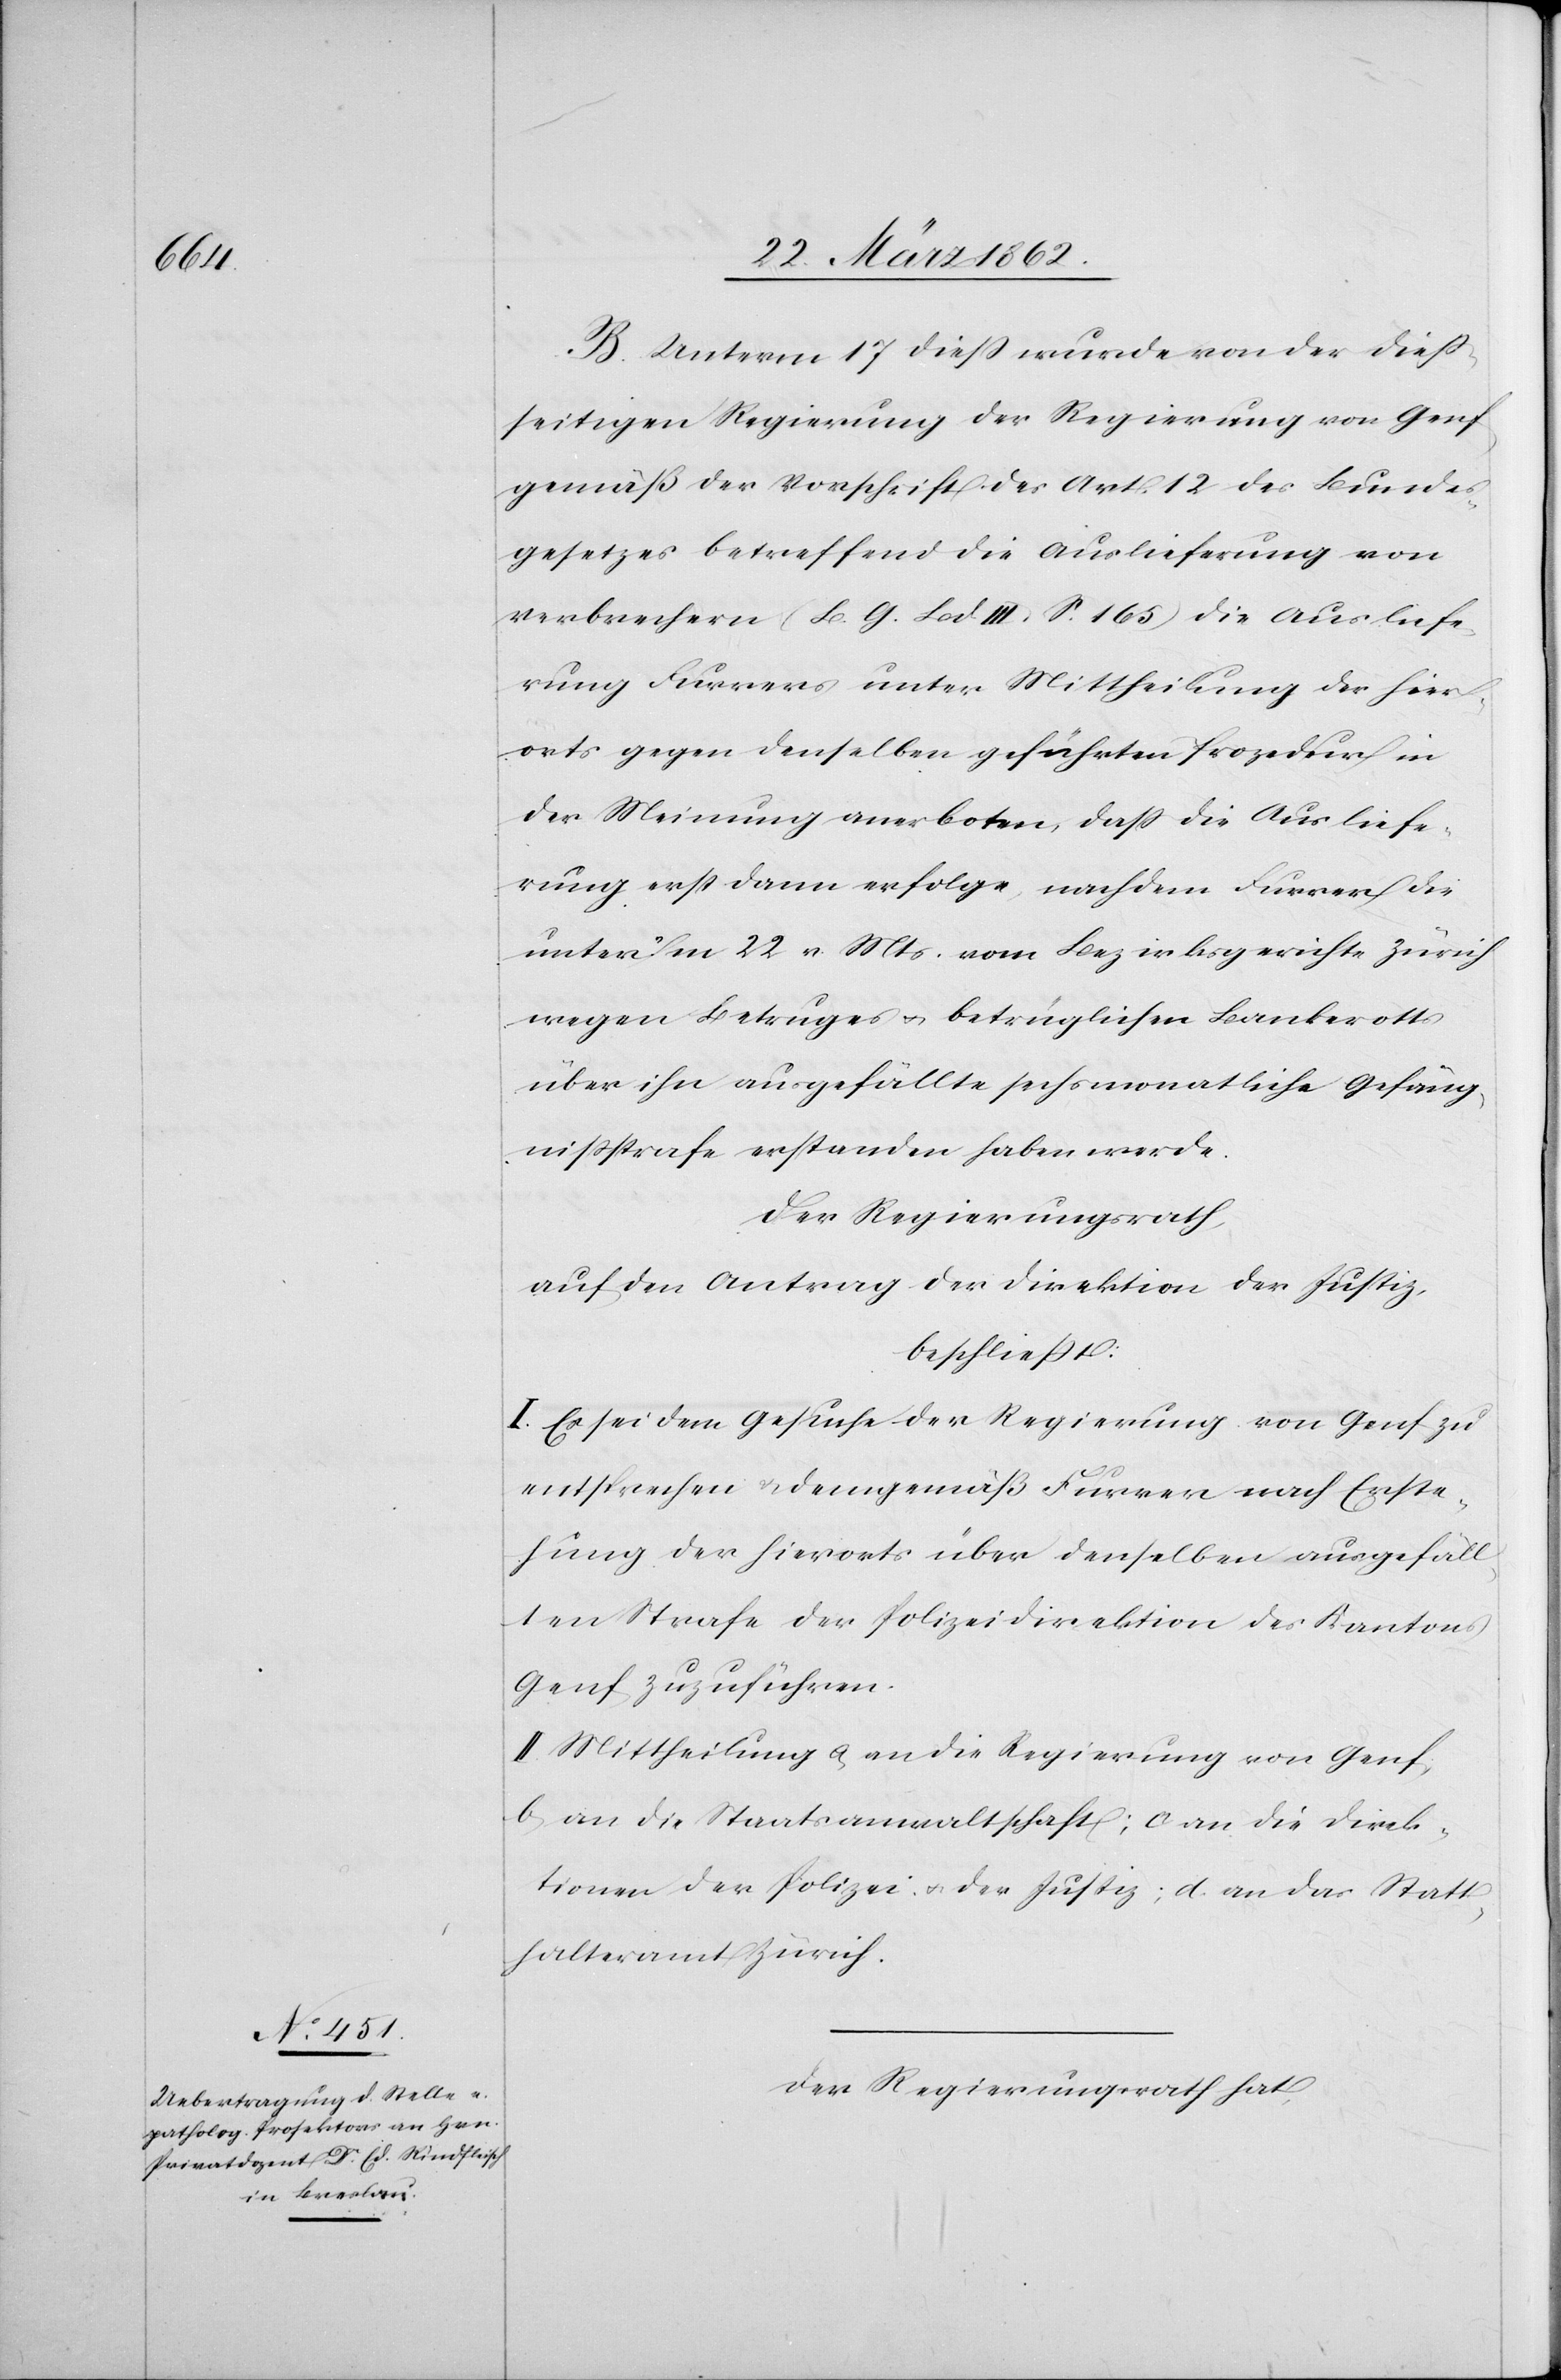
B. Unterm 17 dieß wurde von der dieß¬
seitigen Regierung der Regierung von Genf
gemäß der Vorschrift des Art. 12 des Bundes¬
gesetzes betreffend die Auslieferung von
Verbrechern (B. G. Bd III. S. 165) die Ausliefe¬
rung Furrers unter Mittheilung der hier¬
orts gegen denselben geführten Prozedur in
der Meinung anerboten, daß die Ausliefe¬
rung erst dann erfolge, nachdem Furrer die
unterm 22 v. Mts vom Bezirksgerichte Zürich
wegen Betruges u. betrüglichen Bankerotts
über ihn ausgefällte sechsmonatliche Gefäng¬
nißstrafe erstanden haben werde.
Der Regierungsrath,
auf den Antrag der Direktion der Justiz,
beschließt:
I. Es sei dem Gesuche der Regierung von Genf zu
entsprechen & demgemäß Furrer nach Erste¬
hung der hierorts über denselben ausgefäll¬
ten Strafe der Polizeidirektion des Kantons
Genf zuzuführen.
II. Mittheilung a) an die Regierung von Genf,
b) an die Staatsanwaltschaft; c) an die Direk¬
tionen der Polizei u. der Justiz; d) an das Statt¬
halteramt Zürich.
Der Regierungsrath hat,